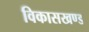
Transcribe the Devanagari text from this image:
विकासखण्‍ड